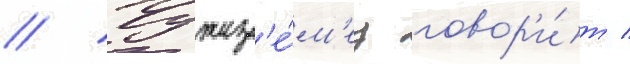
// Чужез'е́м'ец говор'и́т /